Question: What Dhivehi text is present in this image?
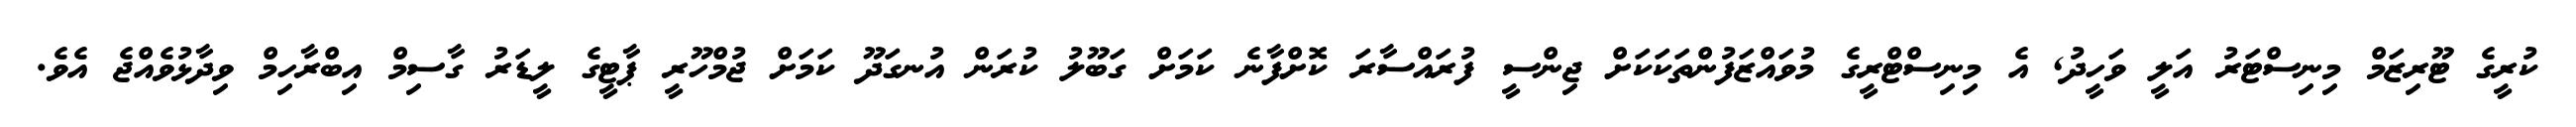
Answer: ކުރީގެ ޓޫރިޒަމް މިނިސްޓަރު އަލީ ވަހީދު, އެ މިނިސްޓްރީގެ މުވައްޒަފުންތަކަކަށް ޖިންސީ ފުރައްސާރަ ކޮށްފާނެ ކަމަށް ގަބޫލު ކުރަން އުނގަދޫ ކަމަށް ޖުމްހޫރީ ޕާޓީގެ ލީޑަރު ގާސިމް އިބްރާހިމް ވިދާޅުވެއްޖެ އެވެ.